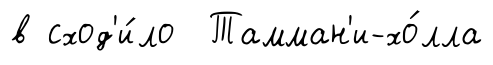
в сход'и́ло Тамман'и-хо́лла